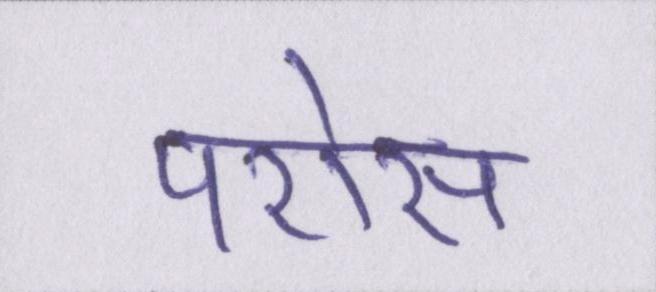
परोस